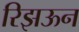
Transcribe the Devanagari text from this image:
रिझऊन